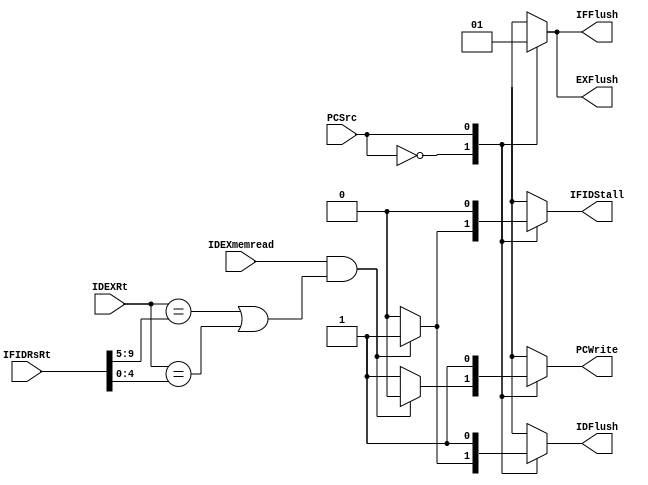
//Subject:     CO project 4 - Pipe Register
//--------------------------------------------------------------------------------
//Version:     1
//--------------------------------------------------------------------------------
//Writer:      
//----------------------------------------------
//Date:        
//----------------------------------------------
//Description: 
//--------------------------------------------------------------------------------
module Hazard(
            PCSrc,
            PCWrite,
            IFIDStall,
            IFIDRsRt,
            IDEXRt,
            IFFlush,
            EXFlush,
            IDEXmemread,
            IDFlush
);

input           PCSrc;
input   [9:0]   IFIDRsRt;       //Rs 9:5 Rt 4:0
input   [4:0]   IDEXRt;
input           IDEXmemread;
output  reg     PCWrite;
output  reg     IFIDStall;
output  reg     IFFlush;
output  reg     EXFlush;
output  reg     IDFlush;

always @(*)
begin
    case(PCSrc)
    1'b0:
    begin
        if (IDEXmemread == 1'b1 && (IDEXRt == IFIDRsRt[9:5] || IDEXRt == IFIDRsRt[4:0])) 
        begin
            PCWrite <= 1'b0;
            IFIDStall <= 1'b1;
            IFFlush <= 1'b0;
            EXFlush <= 1'b0;
            IDFlush <= 1'b1;
        end
        else
        begin
            PCWrite <= 1'b1;
            IFIDStall <= 1'b0;
            IFFlush <= 1'b0;
            EXFlush <= 1'b0;
            IDFlush <= 1'b0;
        end
    end
    1'b1:
    begin
        PCWrite <= 1'b1;
        IFIDStall <= 1'b0;
        IFFlush <= 1'b1;
        EXFlush <= 1'b1;
        IDFlush <= 1'b1;
    end
    endcase
end
endmodule